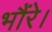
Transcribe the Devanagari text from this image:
भौंरे।